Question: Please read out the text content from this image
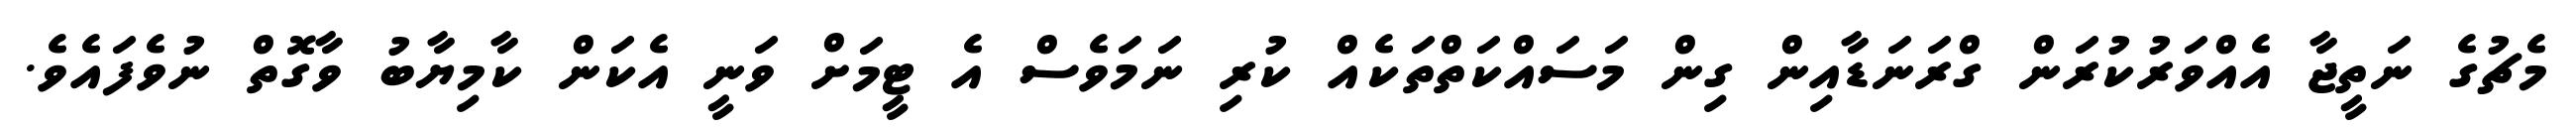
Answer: މެޗުގެ ނަތީޖާ އެއްވަރުކުރަން ގްރަނަޑާއިން ގިން މަސައްކަތްތަކެއް ކުރި ނަމަވެސް އެ ޓީމަށް ވަނީ އެކަން ކާމިޔާބު ވާގޮތް ނުވެފައެވެ.